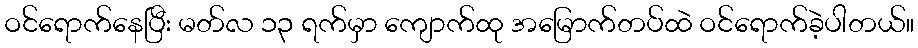
ဝင်ရောက်နေပြီး မတ်လ ၁၃ ရက်မှာ ကျောက်ထု အမြောက်တပ်ထဲ ဝင်ရောက်ခဲ့ပါတယ်။